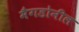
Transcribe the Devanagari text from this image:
मैगडोनील